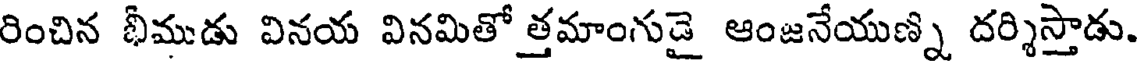
రించిన భీముడు వినయ వినమితో త్తమాంగుడై ఆంజనేయుణ్ని దర్శిస్తాడు.